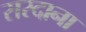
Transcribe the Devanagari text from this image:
सरदाना